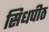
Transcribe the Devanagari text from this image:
सिधपीठ